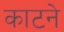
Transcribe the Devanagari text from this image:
काटनेे